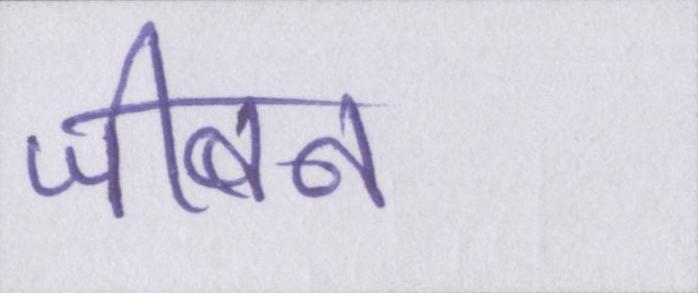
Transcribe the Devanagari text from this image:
जीबन